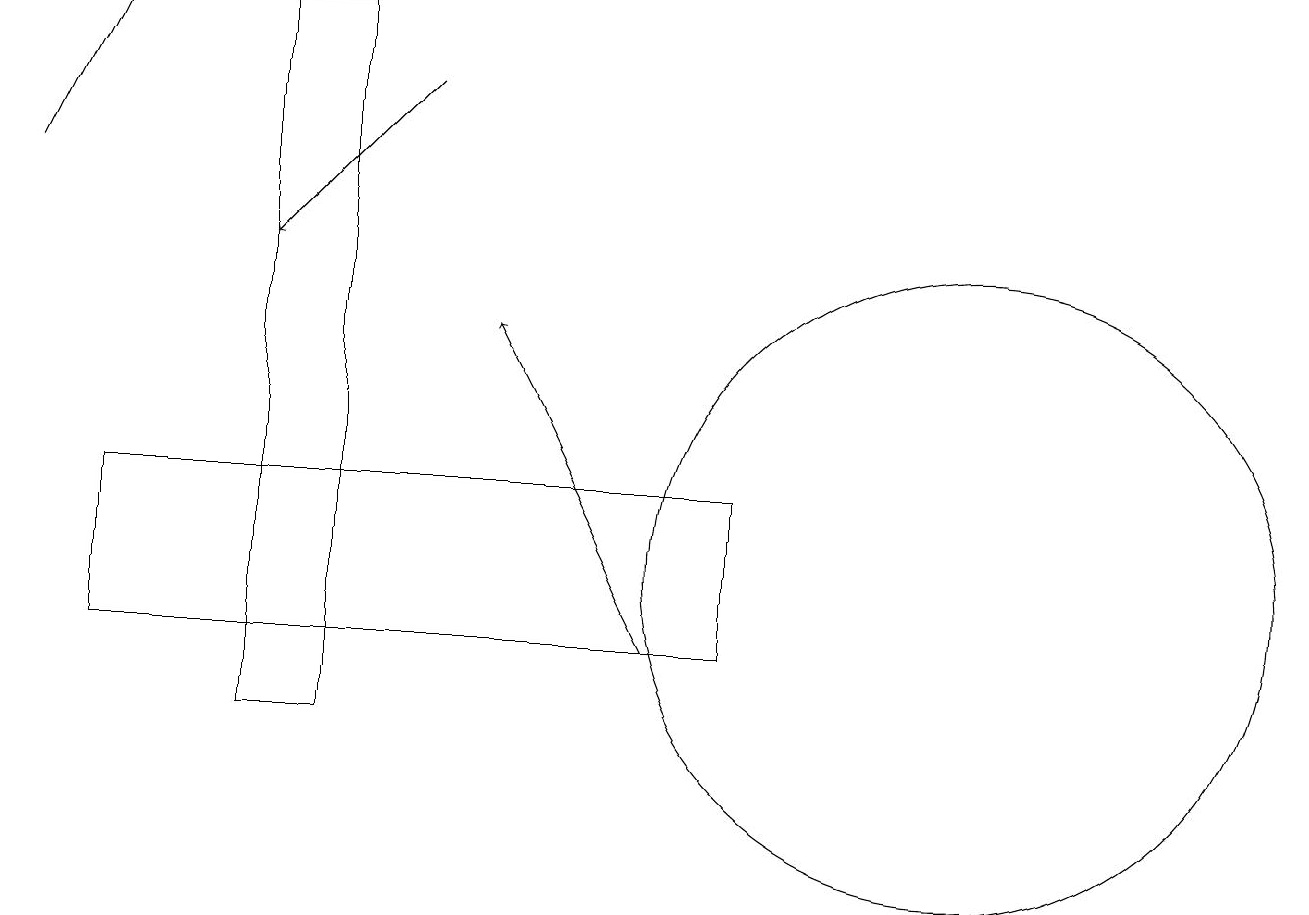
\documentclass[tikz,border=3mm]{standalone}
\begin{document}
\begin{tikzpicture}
\draw[->] (0,17) -- (1,19);
\draw[->] (5,18) -- (3,16);
\draw (12,12) circle (4);
\draw (1,11) rectangle (9,13);
\draw (4,19) rectangle (3,10);
\draw[->] (8,11) -- (6,15);
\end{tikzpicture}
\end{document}